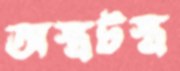
অস্ত্রটস্ত্র